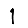
Digit: 1